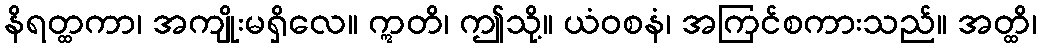
နိရတ္ထကာ၊ အကျိုးမရှိလေ။ ဣတိ၊ ဤသို့။ ယံဝစနံ၊ အကြင်စကားသည်။ အတ္ထိ၊